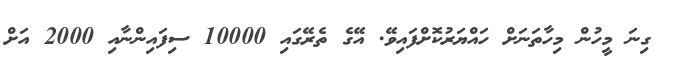
ގިނަ މީހުން މިހާތަނަށް ހައްޔަރުކޮށްފައިވޭ. އޭގެ ތެރޭގައި 10000 ސިފައިންނާއި 2000 އަށް